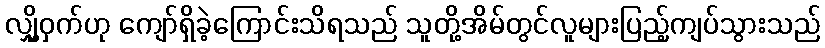
လျှို့ဝှက်ဟု ကျော်ရှိခဲ့ကြောင်းသိရသည် သူတို့အိမ်တွင်လူများပြည့်ကျပ်သွားသည်